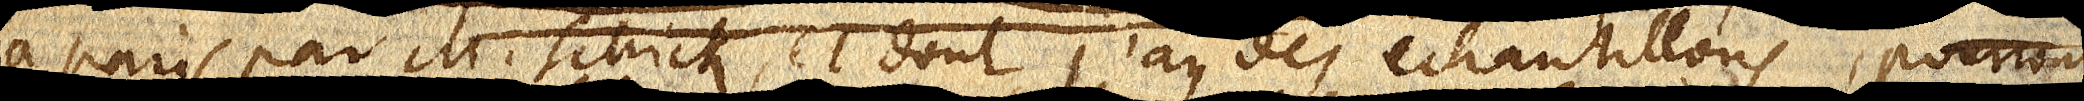
à Paris par M. Schick , et dont j’ay des echantillons, pourront